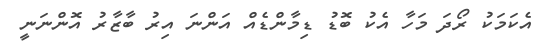
އެކަމަކު ރޯދަ މަހާ އެކު ބޮޑު ޑިމާންޑެއް އަންނަ އިރު ބާޒާރު އޮންނަނީ